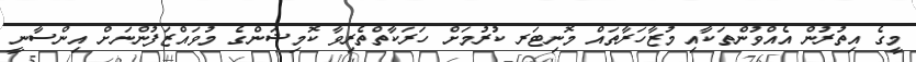
މީގެ އިތުރުން އެއްވުންތަކާއި މުޒާހަރާތައް މޮނިޓަރ ކުރުމަށް ހަރަކާތްތެރިވާ ކޮމިޝަންގެ މުވައްޒަފުންނަށް އިންސާނީ